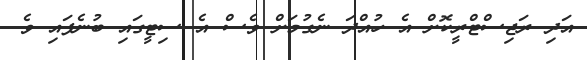
އަދި ރަޖިސްޓްރީކޮށް އެ ހުއްދަ ނެގުމަށް ވެސް އެ ސިޓީގައި ބުނެފައި ވެ